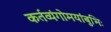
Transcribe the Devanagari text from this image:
कर्तव्यंगोमयांबुभिः